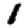
Digit: 1